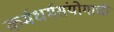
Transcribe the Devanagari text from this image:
कर्मधर्मसंयोगाची